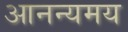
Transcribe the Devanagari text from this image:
आनन्यमय